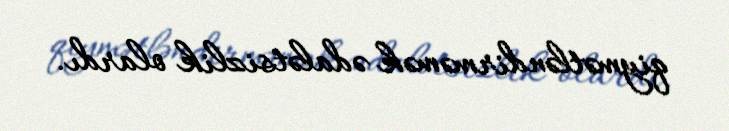
qiymətləndirməmək ədalətsizlik olardı.